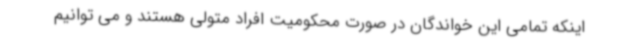
اینکه تمامی این خواندگان در صورت محکومیت افراد متولی هستند و می توانیم